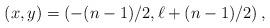
LaTeX: \begin{align*}(x,y) = \left (-(n-1)/2, \ell+(n-1)/2 \right),\end{align*}